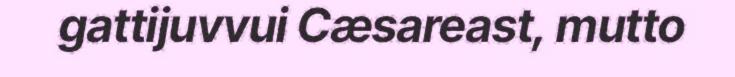
gattijuvvui Cæsareast, mutto